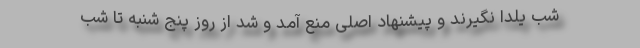
شب یلدا نگیرند و پیشنهاد اصلی منع آمد و شد از روز پنج شنبه تا شب